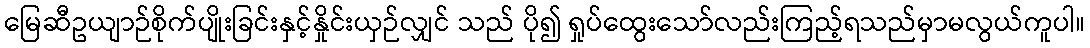
မြေဆီဥယျာဉ်စိုက်ပျိုးခြင်းနှင့်နှိုင်းယှဉ်လျှင် သည် ပို၍ ရှုပ်ထွေးသော်လည်းကြည့်ရသည်မှာမလွယ်ကူပါ။